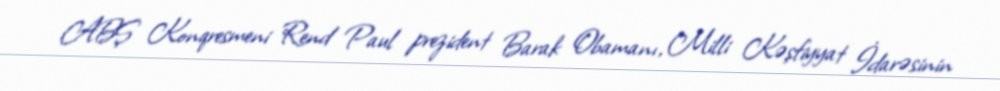
ABŞ Konqresmeni Rend Paul prezident Barak Obamanı, Milli Kəşfiyyat İdarəsinin